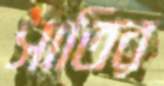
সাতির